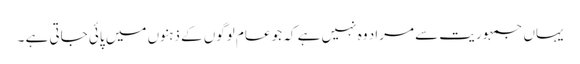
یہاں جمہوریت سے مراد وہ نہیں ہے کہ جو عام لوگوں کے ذہنوں میں پائی جاتی ہے ۔